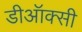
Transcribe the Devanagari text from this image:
डीऑक्सी